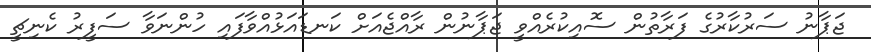
ޖަޕާނު ސަރުކާރުގެ ފަރާތުން ސޮއިކުރެއްވީ ޖަޕާނުން ރާއްޖެއަށް ކަނޑައަޅުއްވާފައި ހުންނަވާ ސަފީރު ކެނިޗީ